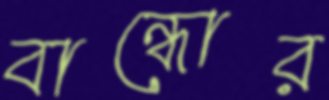
বান্ধোর